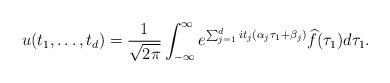
LaTeX: \begin{align*} u(t_1,\ldots,t_d) = \frac{1}{\sqrt{2 \pi}} \int_{-\infty}^{\infty} e^{\sum_{j=1}^d i t_j \left( \alpha_j \tau_1 + \beta_j\right)} \widehat{f}(\tau_1) d\tau_1.\end{align*}